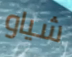
شياو